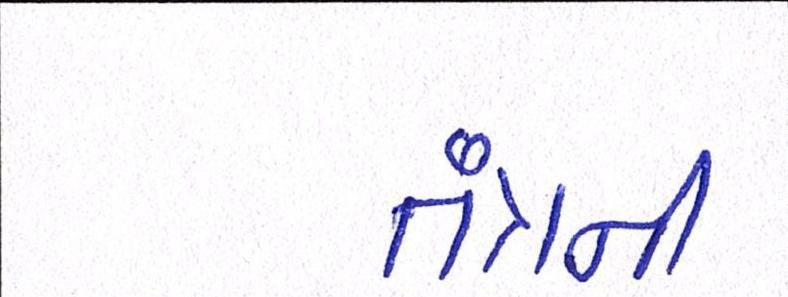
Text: તંત્રની